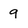
Character: q